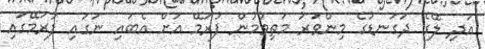
އަދި ލޭގެ ދަގަނޑުގެ މިންވަރު މަތިވުމުން ފުރަމޭ އަށް އެބައި ނަގައި ފުރަމޭގައި